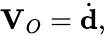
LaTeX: {\textbf{V}}_{O}={\dot{\textbf{d}}},